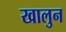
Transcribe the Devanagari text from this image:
खालुन